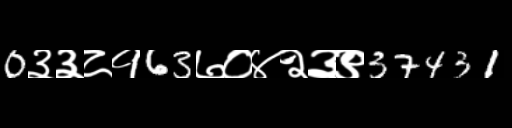
Text: 0३३८१63७०४२३९37431